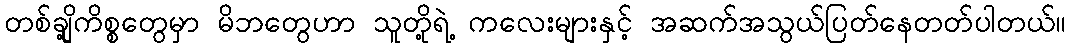
တစ်ချို့ကိစ္စတွေမှာ မိဘတွေဟာ သူတို့ရဲ့ ကလေးများနှင့် အဆက်အသွယ်ပြတ်နေတတ်ပါတယ်။